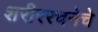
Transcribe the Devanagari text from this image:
शरीररचनेचे